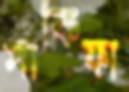
সাকিফা